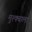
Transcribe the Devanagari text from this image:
मुश्क्बाला